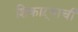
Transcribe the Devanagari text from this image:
शिकाऱ्याची